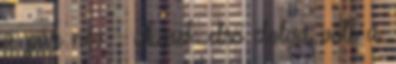
a pár név - akinek első dolga volt a